Kihnu_vallavalitsus, lk 5
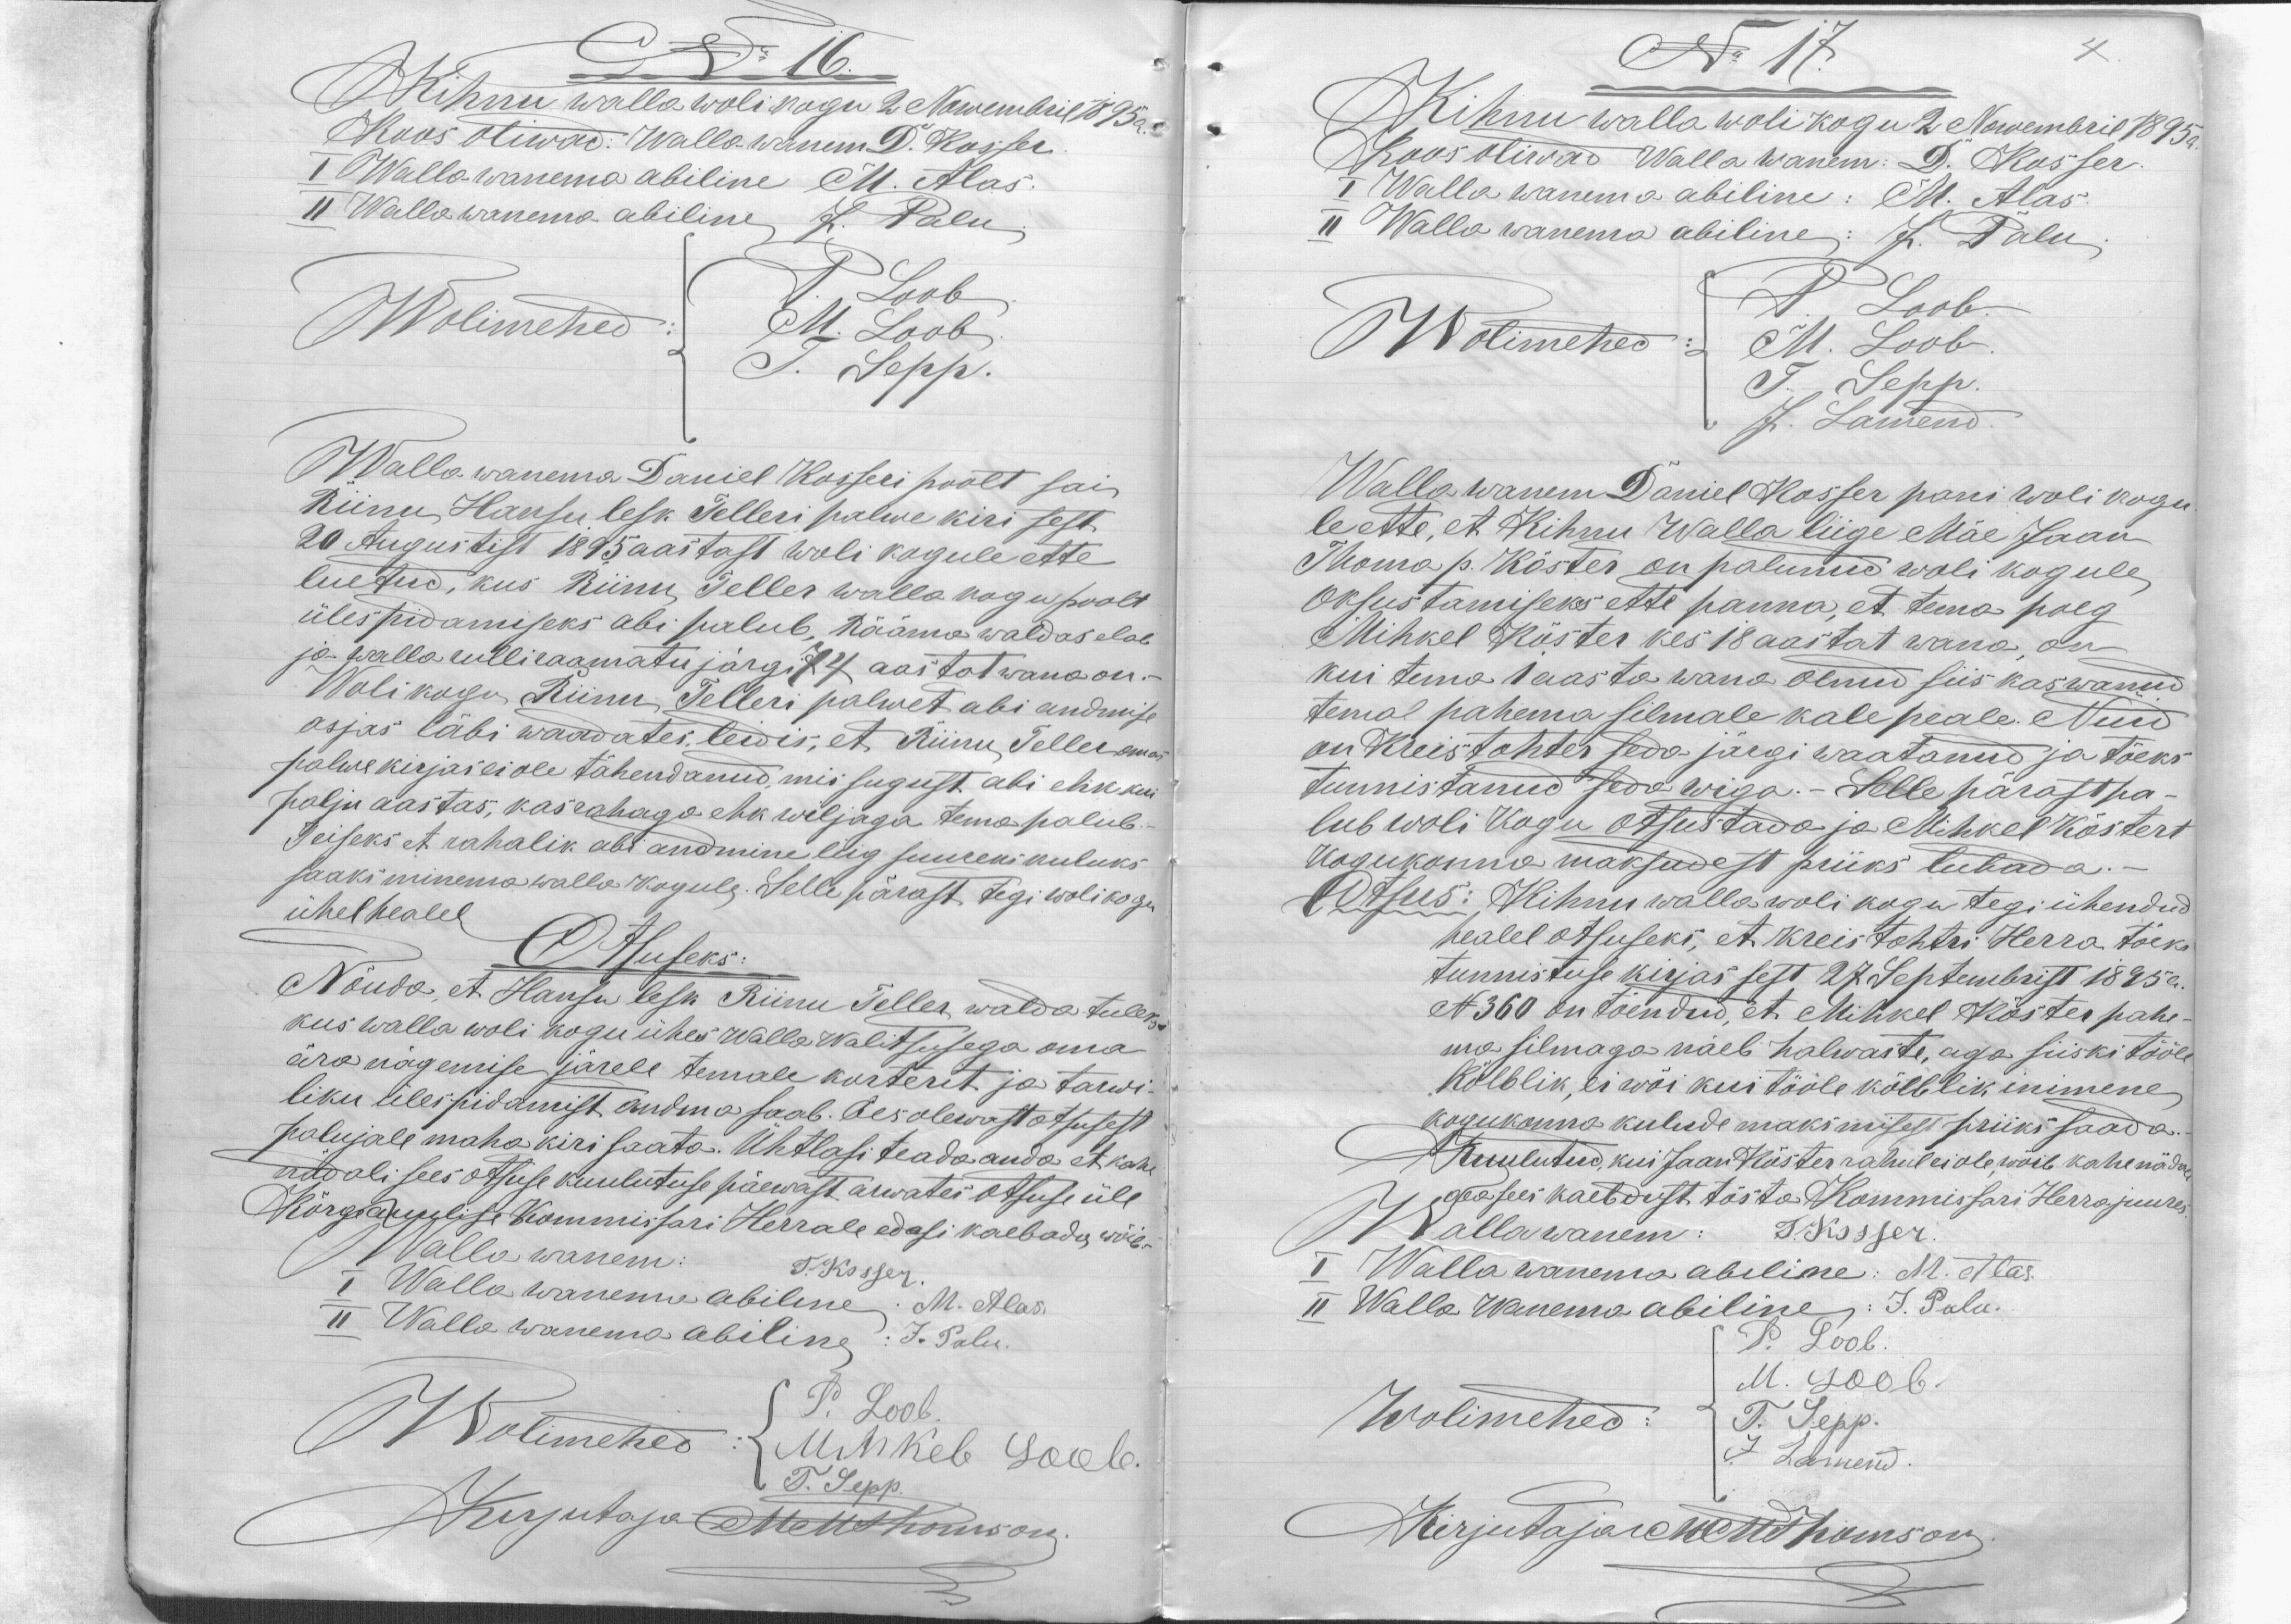
No 16.
Kihnu walla wolikogu 2 Nowembril 1895 a.
Koos oliwad: Walla wanem D. Kosser.
I Walla wanema abiline M. Alas.
II Walla wanema abiline J. Palu
Wolimehed
V. Loob
M. Loob
J. Sepp.
Walla wanema Daniel Kosseri poolt sai
Riinu Hansu lesk Selleri palwe kiri sest
20 Augustist 1895 aastast woli kogule ette
luetud, kus Riinu Seller walla kogu poolt
ülespidamiseks abi palub, Rääma waldas elab
ja walla rulli raamatu järgi 74 aastat wana on.-
Wolikogu Riinu Selleri palwet abi andmise
asjas läbi waadates, leidis, et Riinu Seller omas
palwekirjas ei ole tähendanud, mis sugust abi ehk kui
palju aastas, kas rahaga ehk wiljaga tema palub.
Teiseks et rahalik abi andmine liig suureks kuluks
saaks minema walla kogule. Selle pärast tegi wolikogu
ühelhealel
Otsuseks:
Nõuda, et Hansu lesk Riinu Seller walda tuleks
kus walla woli kogu ühes walla walitsusega oma
ära nägemise järele temale korterit ja tarwi-
liku ülespidamist andma saab. Ees olewast otsusest
palujale maha kiri saata. Ühtlasi teada anda, et kahe
nud oli sees otsuse kuulutuse päewast arwates otsuse üle
Kõrgeauulise Kommissari Herrale edasi kaebada wõib.
Walla wanem:
T. Kosser.
I Walla wanema abiline. M. Alas.
II Walla wanema abiline: J. Palu.
Wolimehed:
P. Loob.
Mihkel. Loob.
T. Sepp.
Kirjutaja MeusThomson.

No 17.
Kihnu walla wolikogu 2 Nowembril 1895 a.
Koos oliwad Wallawanem: D. Kosser
I Wallawanema abiline: M. Alas.
II Walla wanema abiline: J. Palu
Wolimehed:
P. Loob.
M. Loob
T. Sepp
J. Lamend.
Wallawanem Daniel Kosser pani woli kogu
le ette, et Kihnu Walla liige Mäe Jaan
Thoma p. Köster on palunud woli kogule
Oksustamiseks ette panna, et tema poeg
Mihkel Köster kes 18 aastat wana, on
kui tema 1 aasta wana olnud siis kaswanud
temal pahema silmale kale peale. Nüid
on Kreistohter seda järgi waatanud ja tõeks
tunnistanud seda wiga. Selle pärast pa-
lub woli Kogu otsustada ja Mihkel Köstert
Kogukonna maksudest priiks lubada.
Otsus: Kihnu walla wolikogu tegi ühendud
healel otsuseks, et kreistohtri Herra tõeks
tunnistuse kirjas sest 27 Septembrist 1895 a.
N 360 on tõendud, et Mihkel Köster pahe-
ma silmaga näeb halwaste, aga siiski tööle
Kõlblik, ei wõi kui tööle kõlblik inimene
kogukonna kulude maksmisest priiks saada.
Kuulutud, kui Jaan Köster rahul ei ole, wõib kahe näda
aea sees kaebdust tõsta Kommissari Herra juures.
Wallawanem: T.Kosser.
I Wallawanema abiline: M. Alas.
II Walla Wanema abiline: J. Palu
Wolimehed:
P. Loob.
M. Loob.
T. Sepp.
J. Lamend.
Kirjutajake rendThomson.